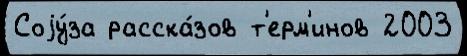
Соjу́за расска́зов т'ерм'инов 2003